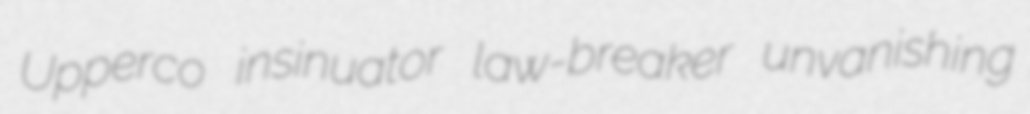
Upperco insinuator law-breaker unvanishing